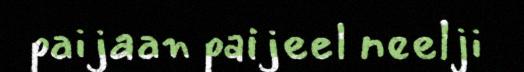
paijaan paijeel neelji